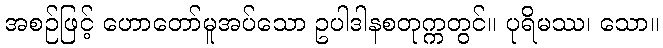
အစဉ်ဖြင့် ဟောတော်မူအပ်သော ဥပါဒါနစတုက္ကတွင်။ ပုရိမဿ၊ သော။